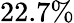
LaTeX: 22.7\%